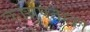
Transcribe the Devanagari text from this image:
कार्यपताका